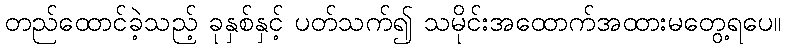
တည်ထောင်ခဲ့သည့် ခုနှစ်နှင့် ပတ်သက်၍ သမိုင်းအထောက်အထားမတွေ့ရပေ။